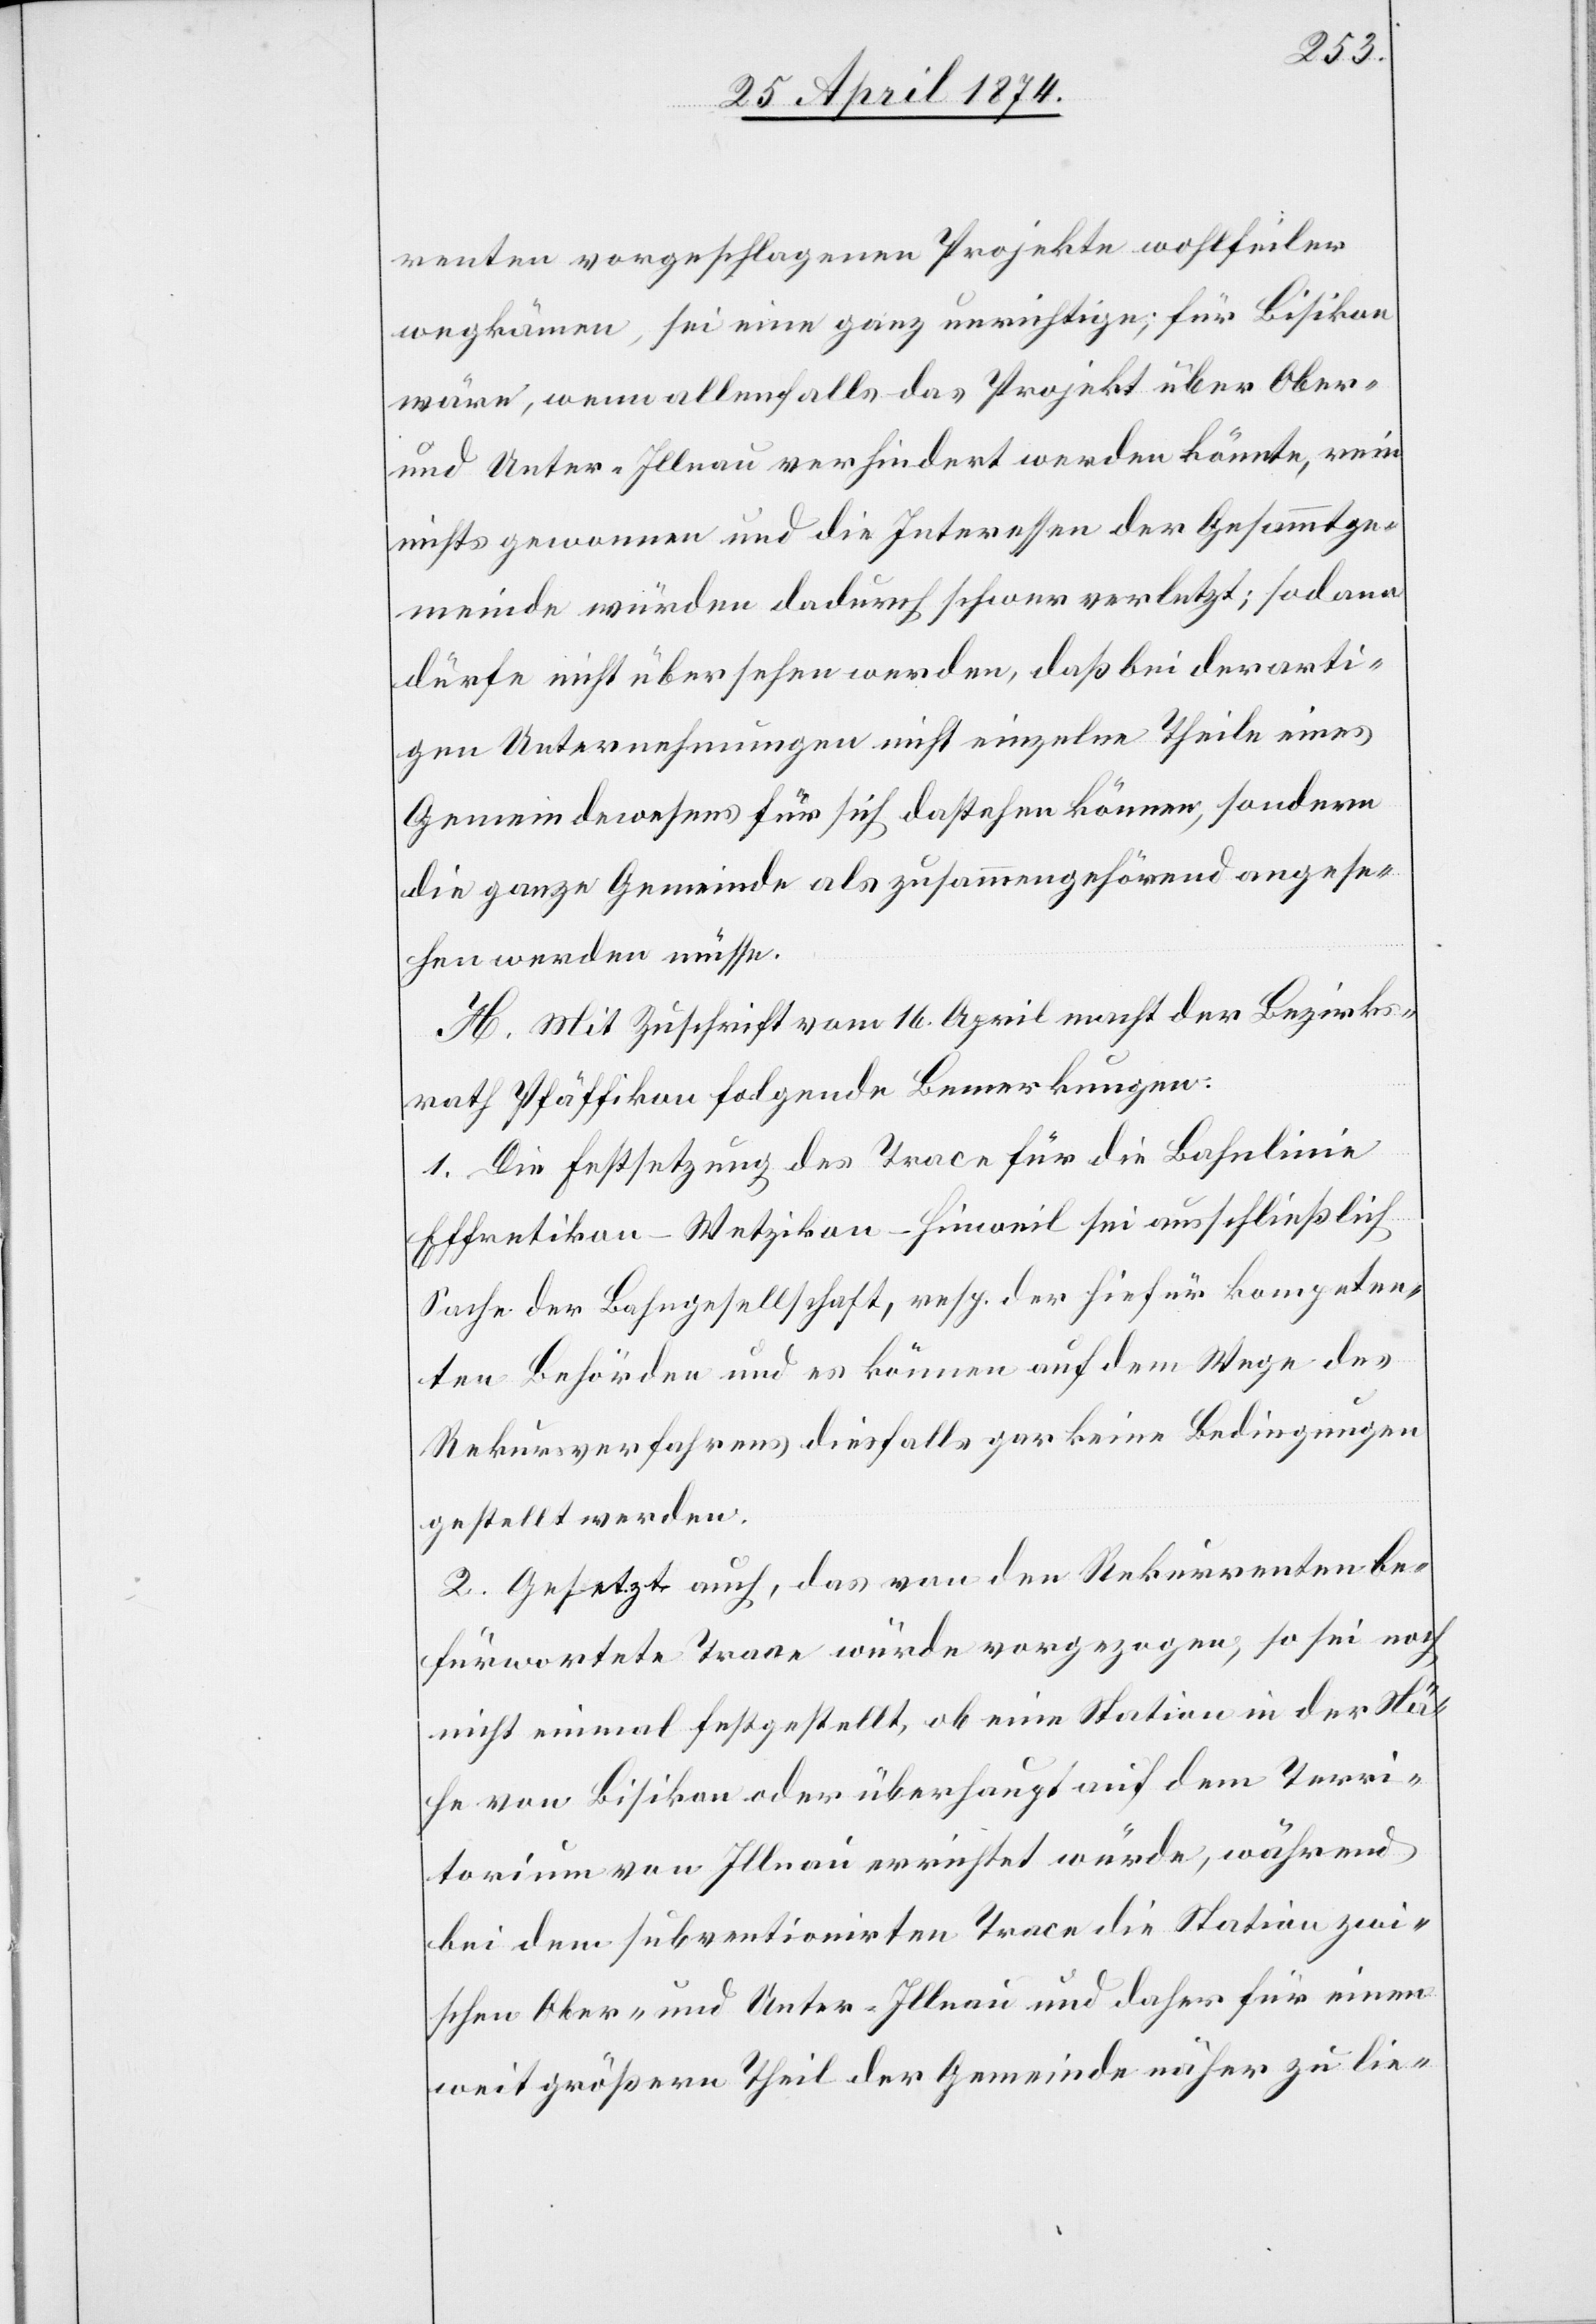
renten vorgeschlagenen Projekte wohlfeiler
wegkämen, sei eine ganz unrichtige; für Bisikon
wäre, wenn allenfalls das Projekt über Ober-
und Unter-Illnau verhindert werden könnte, rein
nichts gewonnen und die Interessen der Gesammtge¬
meinde würden dadurch schwer verletzt; sodann
dürfe nicht übersehen werden, daß bei derarti¬
gen Unternehmungen nicht einzelne Theile eines
Gemeindewesens für sich dastehen können, sondern
die ganze Gemeinde als zusammengehörend angese¬
hen werden müsse.
H. Mit Zuschrift vom 16. April macht der Bezirks¬
rath Pfäffikon folgende Bemerkungen:
1. Die Festsetzung des Trace für die Seelinie
Effrretikon-Wetzikon-Hinweil sei ausschließlich
Sache der Bahngesellschaft, resp. der hiefür kompeten¬
ten Behörden und es können auf dem Wege des
Rekursverfahrens diesfalls gar keine Bedingungen
gestellt werden.
2. Gesetzt auch, das von den Rekurrenten be¬
fürwortete Trace würde vorgezogen, so sei noch
nicht einmal festgestellt, ob eine Station in der Nä¬
he von Bisikon oder überhaupt auf dem Terri¬
torium von Illnau verrichtet würde, während
bei dem subventionirten Trace die Station zwi¬
schen Ober- und Unter-Illnau und daher für einen
weit größern Theil der Gemeinde näher zu lie-